Civil Veterinary Department Bihar & Orissa reports 1911-21 - 1911-1921
Year: 1911
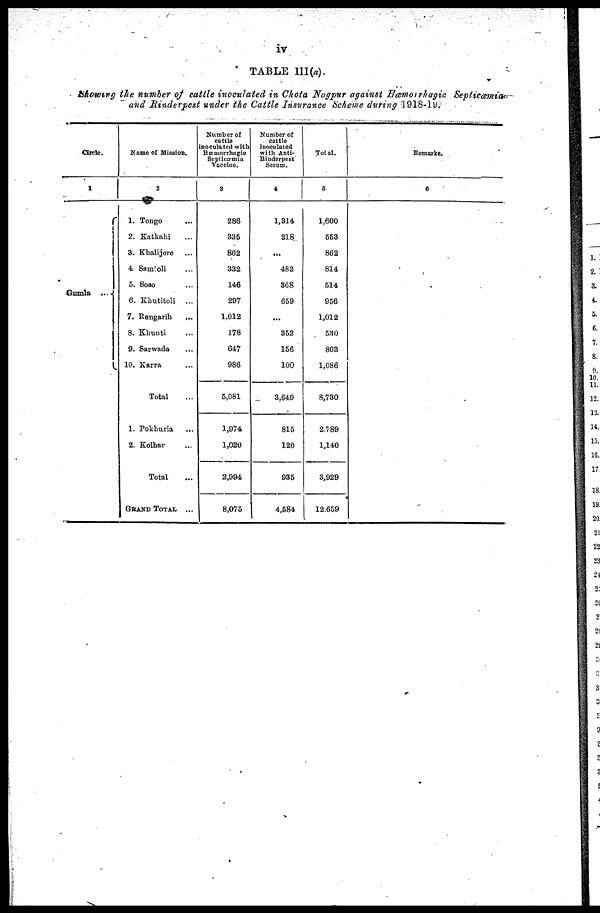
iv
TABLE III (a).
Showing the number of cattle inoculated in Chota Nagpur against Hæmorrhagic Septicæmia
and Rinderpest under the Cattle Insurance Scheme during 1918-19.
Circle.
1
Gaunla …
Name of Mission.
2
1. Tongo …
2. Katkahi …
3. Khalijore …
4. Samtoli …
5. Soso …
6. Khutitoli
...
7.
Rengarih …
8. Khunti …
9. Sarwada …
10. Karra …
Total …
1. Pokhuria …
2. Kolhar …
Total …
GRAND TOTAL ...
Number of
cattle
inoculated with
Hæmorrhagic
Septieæmia
Vaccine.
3
286
335
862
332
146
297
1,012
178
647
986
5,081
1,974
1,020
2,994
8,075
Number of
cattle
inoculated
with Anti-
Rinderpest
Serum.
4
1,314
218
...
482
368
659
...
352
156
100
3.649
815
120
935
4,584
Total.
5
1,600
553
862
814
514
956
1,012
530
803
1,086
8,730
2,789
1,140
3,929
12,659
Remarks.
6